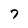
Character: 7